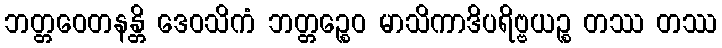
ဘတ္တဝေတနန္တိ ဒေဝသိကံ ဘတ္တဉ္စေဝ မာသိကာဒိပရိဗ္ဗယဉ္စ တဿ တဿ